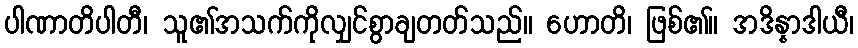
ပါဏာတိပါတီ၊ သူ၏အသက်ကိုလျှင်စွာချတတ်သည်။ ဟောတိ၊ ဖြစ်၏။ အဒိန္နာဒါယီ၊